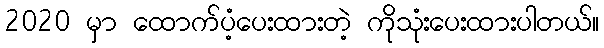
2020 မှာ ထောက်ပံ့ပေးထားတဲ့ ကိုသုံးပေးထားပါတယ်။